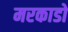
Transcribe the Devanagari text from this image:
मरकाडो